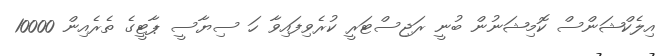
އިލެކްޝަންސް ކޮމިޝަނުން ބުނީ ރަޖިސްޓަރީ ކުރެވިފައިވާ ހަ ސިޔާސީ ޕާޓީގެ ތެރެއިން 10000